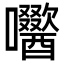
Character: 𭌼